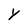
Character: y